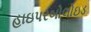
હાઇપરબોલોઇડ